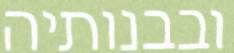
ובבנותיה